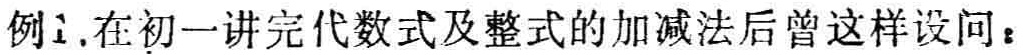
例1.在初一讲完代数式及整式的加减法后曾这样设问：